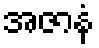
အဇာနံ